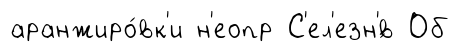
аранжиро́вк'и н'еопр С'ел'езн'́в Об